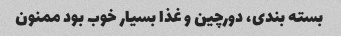
بسته بندی، دورچین و غذا بسیار خوب بود ممنون